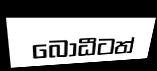
බොධීටත්